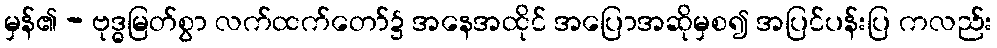
မှန်၏ - ဗုဒ္ဓမြတ်စွာ လက်ထက်တော်၌ အနေအထိုင် အပြောအဆိုမှစ၍ အပြင်ပန်းပြ ကလည်း